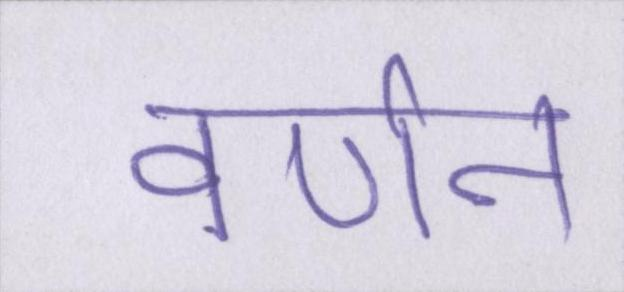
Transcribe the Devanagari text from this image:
वर्णन